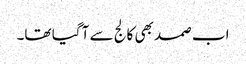
اب صمد بھی کالج سے آ گیا تھا۔